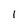
Character: 1